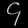
Digit: ၄